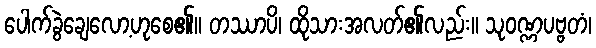
ပေါက်ခွဲချေလော့ဟုစေ၏။ တဿာပိ၊ ထိုသားအလတ်၏လည်း။ သုဝဏ္ဏပဗ္ဗတံ၊